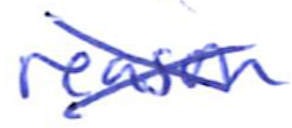
Text: reason
Cross-out: cross
Writing tool: ballpoint